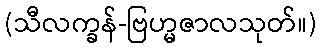
(သီလက္ခန်-ဗြဟ္မဇာလသုတ်။)